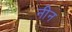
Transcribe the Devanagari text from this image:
नीन